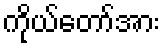
ကိုယ်တော်အား